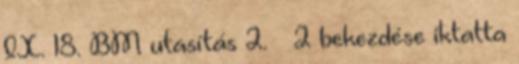
IX. 18. BM utasítás 2. § 2 bekezdése iktatta